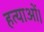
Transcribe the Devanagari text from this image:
हत्याओं।